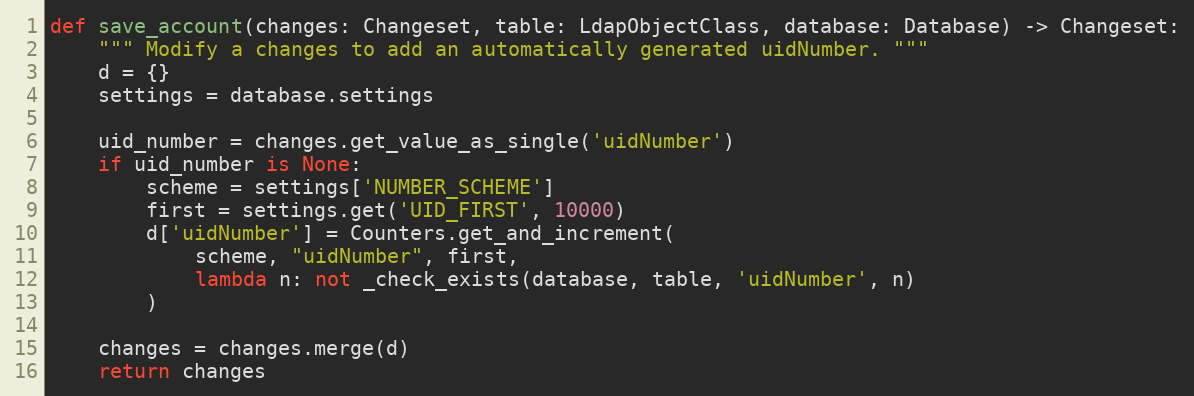
Language: Python
def save_account(changes: Changeset, table: LdapObjectClass, database: Database) -> Changeset:
    """ Modify a changes to add an automatically generated uidNumber. """
    d = {}
    settings = database.settings

    uid_number = changes.get_value_as_single('uidNumber')
    if uid_number is None:
        scheme = settings['NUMBER_SCHEME']
        first = settings.get('UID_FIRST', 10000)
        d['uidNumber'] = Counters.get_and_increment(
            scheme, "uidNumber", first,
            lambda n: not _check_exists(database, table, 'uidNumber', n)
        )

    changes = changes.merge(d)
    return changes